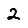
Digit: 2